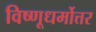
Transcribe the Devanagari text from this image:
विष्णूधर्मोत्तर